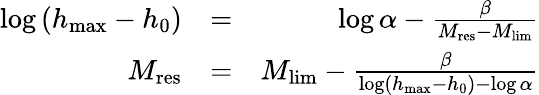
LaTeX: \begin{array}{rlr}{\log\left(h_{\operatorname*{max}}-h_{0}\right)}&{=}&{\log\alpha-\frac{\beta}{M_{\mathrm{res}}-M_{\mathrm{lim}}}}\\ {M_{\mathrm{res}}}&{=}&{M_{\mathrm{lim}}-\frac{\beta}{\log\left(h_{\operatorname*{max}}-h_{0}\right)-\log\alpha}}\end{array}